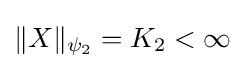
\Vert X\Vert _{\psi _{2}}=K_{2}<\infty